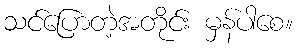
သင်ပြောတဲ့အတိုင်း မှန်ပါစေ။